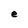
Character: e